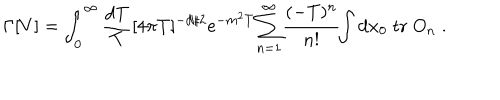
\Gamma [ V ] = \int _ { 0 } ^ { \infty } { \frac { \mathrm { d } T } { T } } [ 4 \pi T ] ^ { - d / 2 } \mathrm { e } ^ { - m ^ { 2 } T } { \sum _ { n = 1 } ^ { \infty } } { \frac { ( - T ) ^ { n } } { n ! } } \! \! \int \mathrm { d } x _ { 0 } \; \mathrm { t r } \; O _ { n } \; .